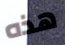
هذه